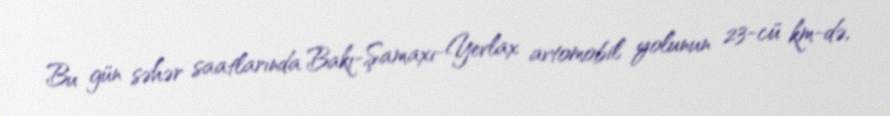
Bu gün səhər saatlarında Bakı-Şamaxı-Yevlax avtomobil yolunun 23-cü km-də,